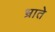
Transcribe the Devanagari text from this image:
भ्राते